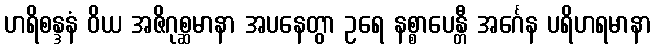
ဟရိစန္ဒနံ ဝိယ အဇိဂုစ္ဆမာနာ အပနေတွာ ဥရေ နစ္စာပေန္တီ အင်္ဂေန ပရိဟရမာနာ